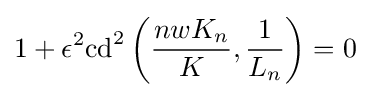
1+\epsilon ^{2}\mathrm {cd} ^{2}\left({\frac {nwK_{n}}{K}},{\frac {1}{L_{n}}}\right)=0